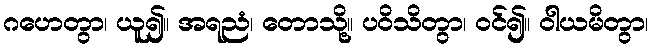
ဂဟေတွာ၊ ယူ၍။ အရညံ၊ တောသို့။ ပဝိသိတွာ၊ ဝင်၍။ ဝါယမိတွာ၊